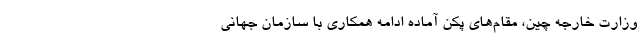
وزارت خارجه چین، مقام‌های پکن آماده ادامه همکاری با سازمان جهانی